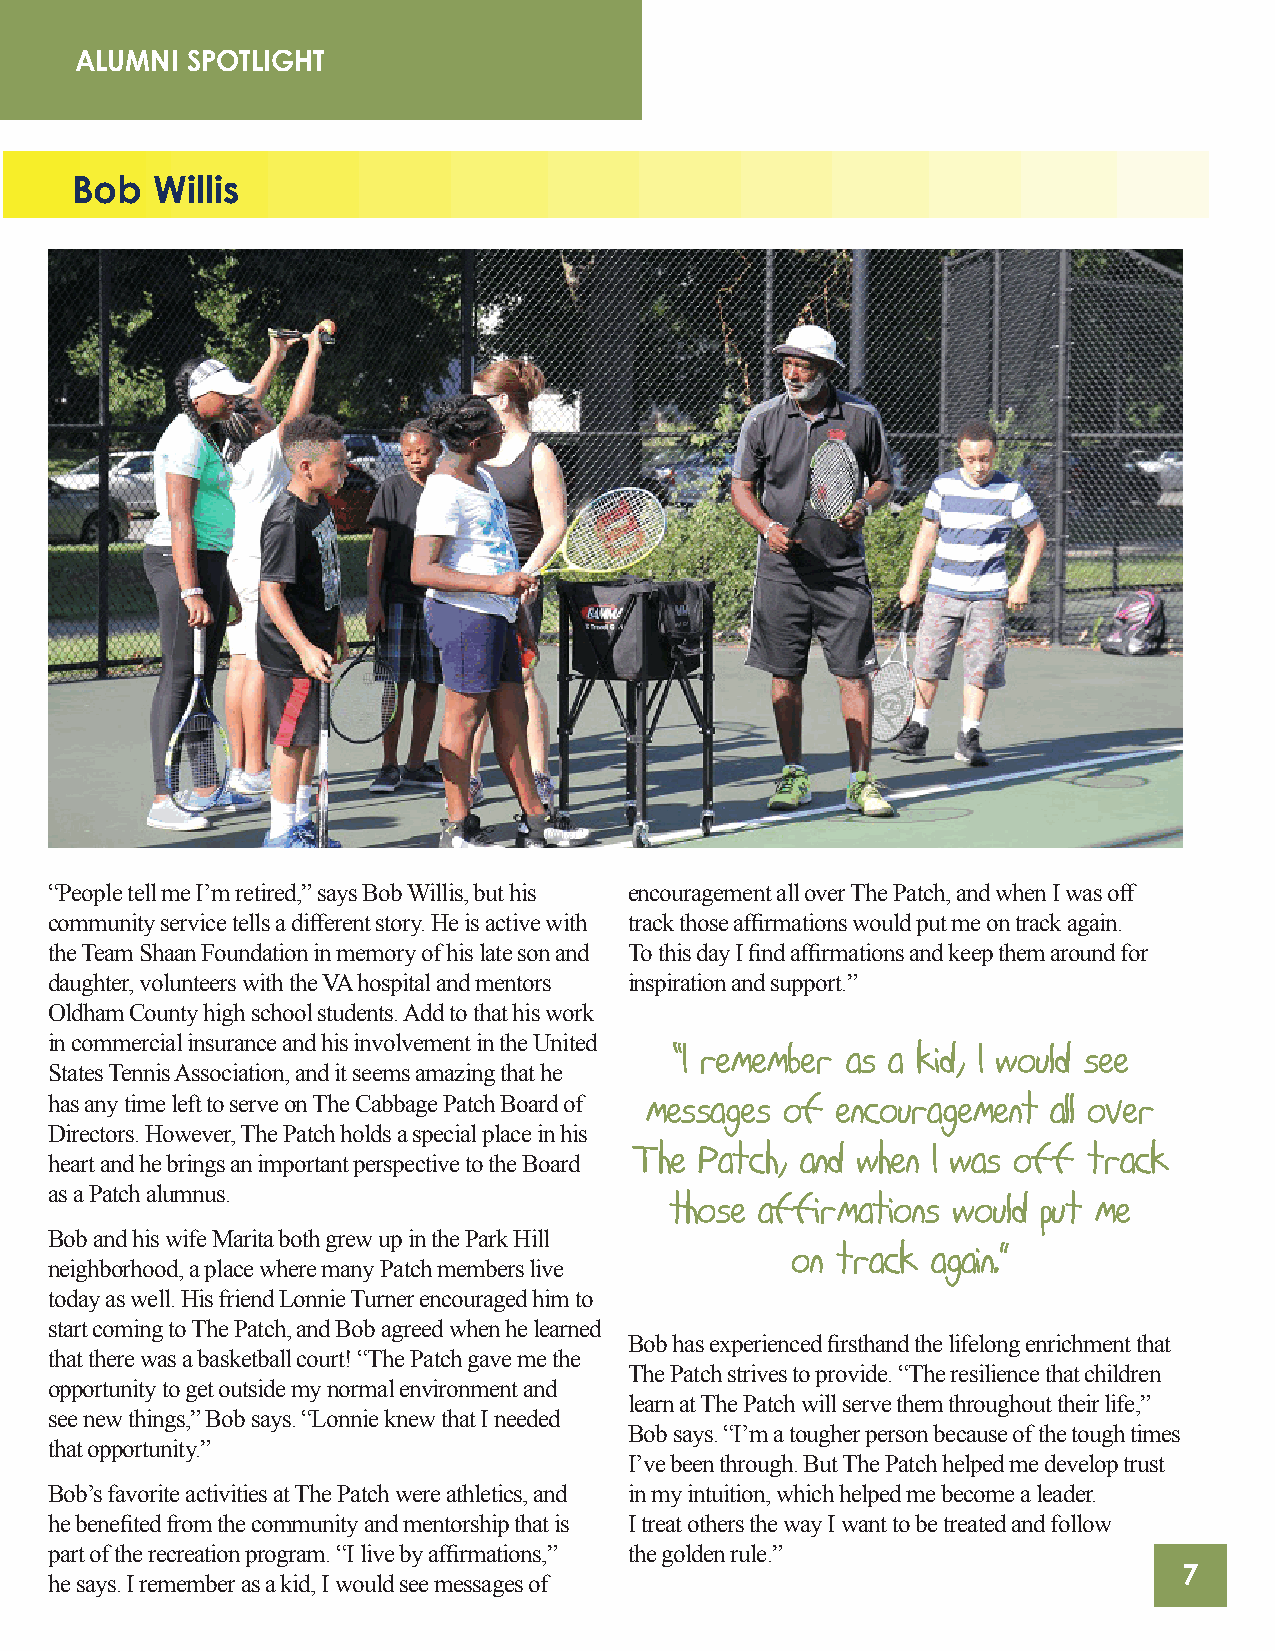
ALUMNI SPOTLIGHT
 Bob  Willis
 “People tell me I’m retired,” says Bob Willis, but his encouragement all over The Patch, and when I was off
 community service tells a different story. He is active with track those affirmations would put me on track again.
 the Team Shaan Foundation in memory of his late son and To this day I find affirmations and keep them around for
 daughter, volunteers with the VA hospital and mentors inspiration and support.”
 Oldham County high school students. Add to that his work
 in commercial insurance and his involvement in the United
 “I remember as a kid, I would see
 States Tennis Association, and it seems amazing that he
 has any time left to serve on The Cabbage Patch Board of messages of encouragement all over
 Directors. However, The Patch holds a special place in his
 heart and he brings an important perspective to the Board The Patch, and when I was off track
 as a Patch alumnus.
 those affirmations would put me
 Bob and his wife Marita both grew up in the Park Hill
 on track  again.”
 neighborhood, a place where many Patch members live
 today as well. His friend Lonnie Turner encouraged him to
 start coming to The Patch, and Bob agreed when he learned
 Bob has experienced firsthand the lifelong enrichment that
 that there was a basketball court! “The Patch gave me the
 The Patch strives to provide. “The resilience that children
 opportunity to get outside my normal environment and
 learn at The Patch will serve them throughout their life,”
 see new things,” Bob says. “Lonnie knew that I needed
 Bob says. “I’m a tougher person because of the tough times
 that opportunity.”
 I’ve been through. But The Patch helped me develop trust
 Bob’s favorite activities at The Patch were athletics, and in my intuition, which helped me become a leader.
 he benefited from the community and mentorship that is I treat others the way I want to be treated and follow
 part of the recreation program. “I live by affirmations,” the golden rule.”
 7
 he says. I remember as a kid, I would see messages of